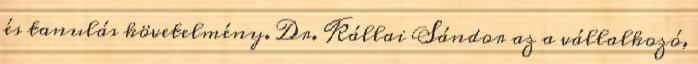
és tanulás követelmény. Dr. Kállai Sándor az a vállalkozó,